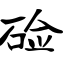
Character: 硷